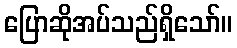
ပြောဆိုအပ်သည်ရှိသော်။